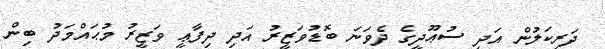
ދަރިކަލުން އަދި ސުޢޫދީގެ ދެވަނަ ބޮޑުވަޒީރު އަދި ދިފާޢީ ވަޒީރު މުޙައްމަދު ބިން